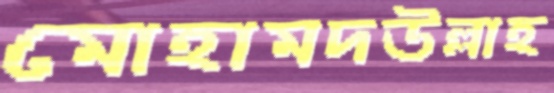
মোহামদউল্লাহ